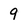
Character: 9